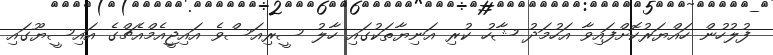
ފުލުހުން ހައްޔަރުކޮށްފައިވާ އަހުމަދު ޝާހު ކުރި އަނިޔާތަކުގައި ހާލު ސީރިއަސްވެ އައިޖީއެމްއެޗްގެ އައިސީޔޫގައި